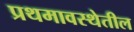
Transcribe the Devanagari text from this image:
प्रथमावस्थेतील